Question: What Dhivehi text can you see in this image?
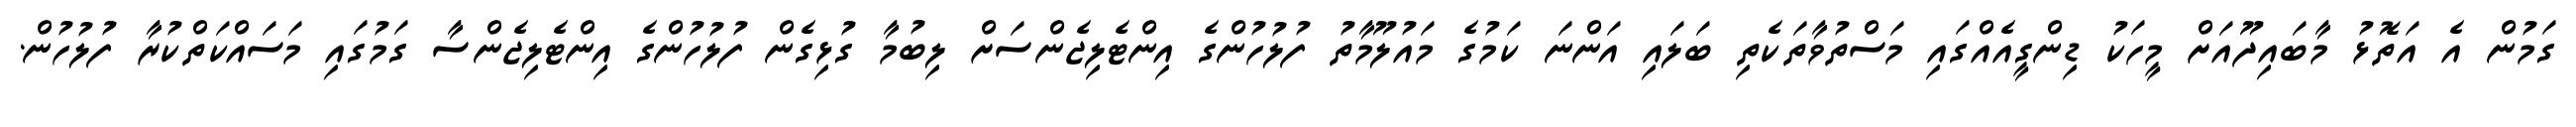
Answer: ގަމުން އެ އަތޮޅު މާބައިދޫއަށް މީހަކު ޑިންގީއެއްގައި މަސްތުވާތަކެތި ބަލައި އަންނަ ކަމުގެ މައުލޫމާތު ފުލުހުންގެ އިންޓެލިޖެންސަށް ލިބުމާ ގުޅިގެން ފުލުހުންގެ އިންޓެލިޖެންސާ ގަމުގައި މަސައްކަތްކުރާ ފުލުހުން.